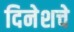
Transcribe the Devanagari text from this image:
दिनेशचे